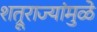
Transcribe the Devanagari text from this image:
शत्रूराज्यांमुळे